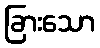
ခြားသော